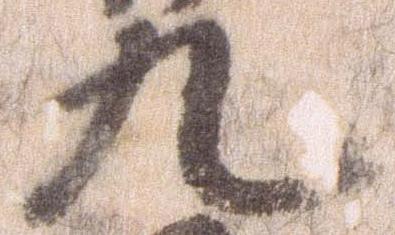
九